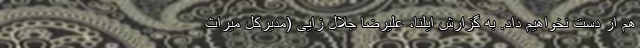
هم از دست نخواهیم داد. به گزارش ایلنا، علیرضا جلال زایی (مدیرکل میراث